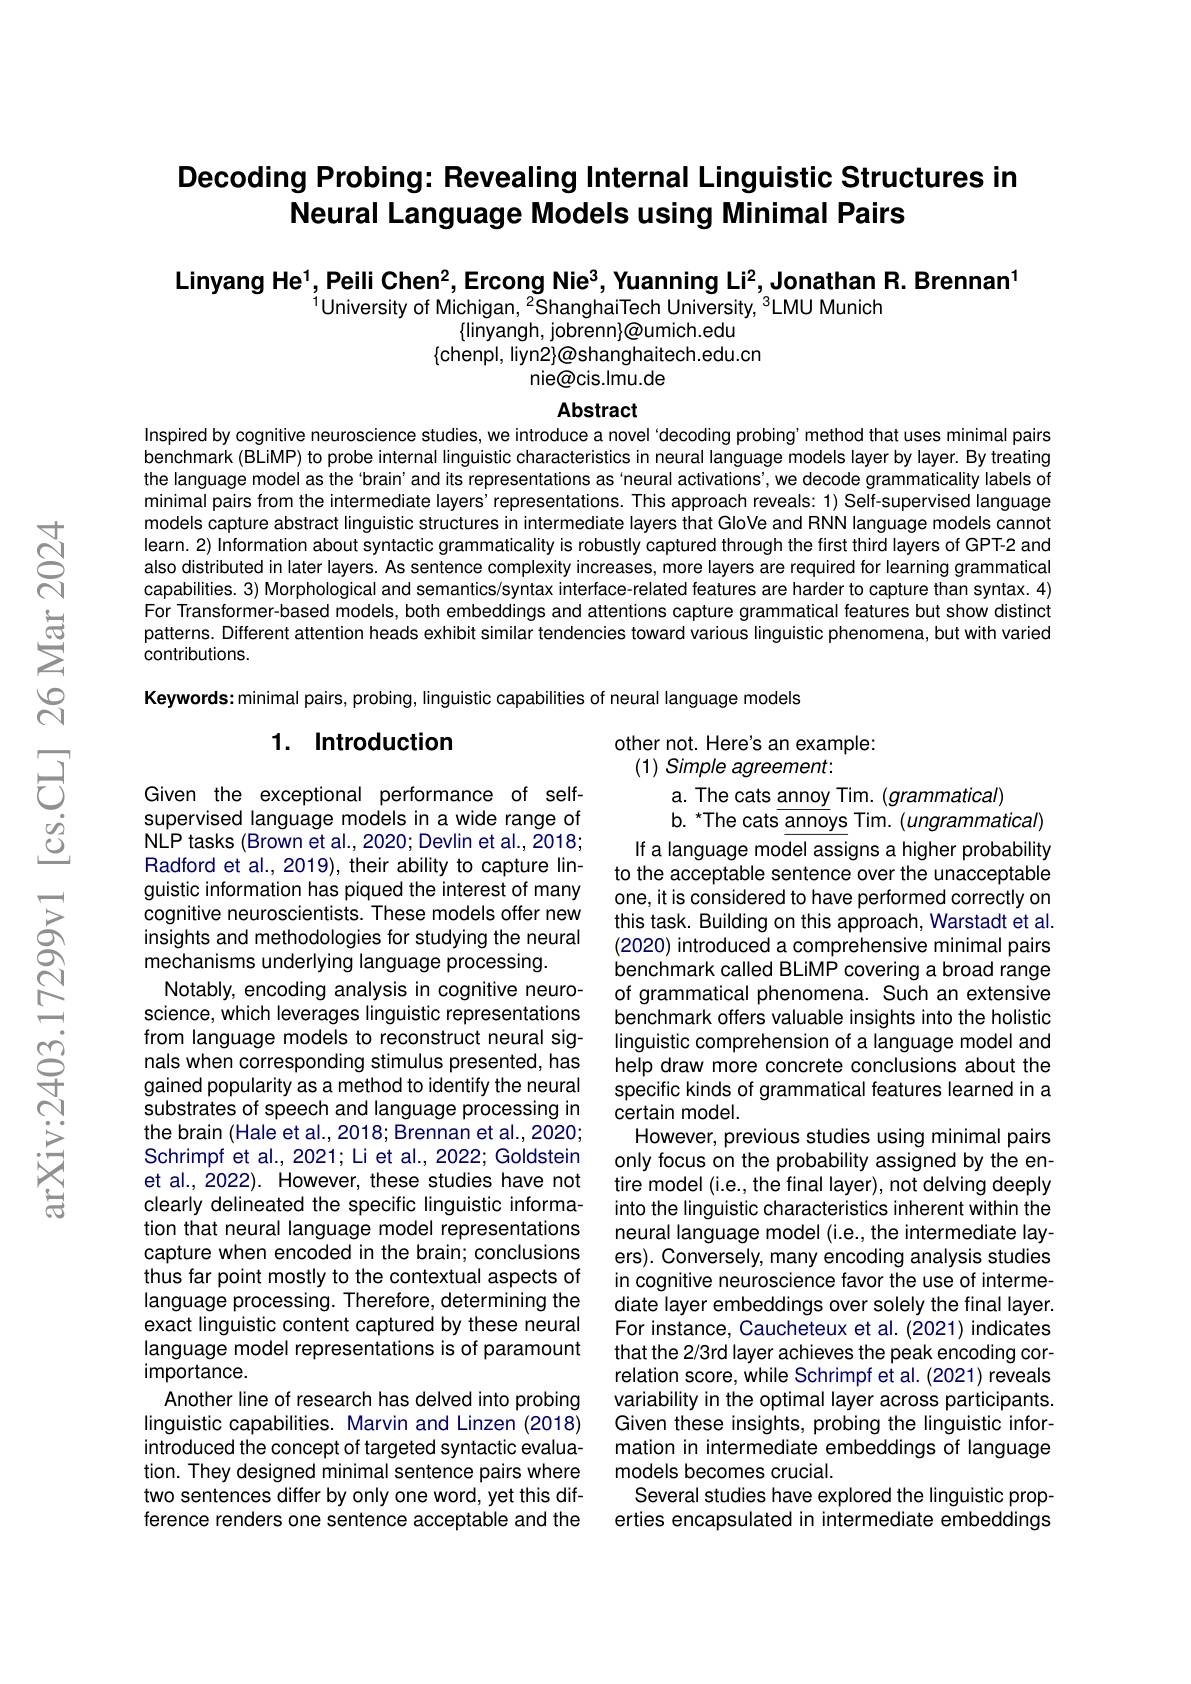
# Decoding Probing: Revealing Internal Linguistic Structures in Neural Language Models using Minimal Pairs

Linyang He$^1$,Peili Chen$^2$,Ercong Nie$^3$,Yuanning Li$^2$,Jonathan R.Brennan$^1$

$^{1}$University of Michigan, $^2$ShanghaiTech University, $^3$LMU Munich
$\{$linyangh, jobrenn}@umich.edu
$\{$chenpl, liyn2}@shanghaitech.edu.cn
nie@cis.lmu.de

Abstract
Inspired by cognitive neuroscience studies, we introduce a novel`decoding probing' method that uses minimal pairs

benchmark (BLiMP) to probe internal linguistic characteristics in neural language models layer by layer. By treating the language model as the 'brain'and its representations as‘neural activations’,we decode grammaticality labels of minimal pairs from the intermediate layers' representations. This approach reveals: 1) Self-supervised language models capture abstract linguistic structures in intermediate layers that GloVe and RNN language models cannot learn. 2) Information about syntactic grammaticality is robustly captured through the first third layers of GPT-2 and also distributed in later layers. As sentence complexity increases, more layers are required for learning grammatical capabilities. 3) Morphological and semantics/syntax interface-related features are harder to capture than syntax. 4) For Transformer-based models, both embeddings and attentions capture grammatical features but show distinct patterns. Different attention heads exhibit similar tendencies toward various linguistic phenomena, but with varied contributions.

Keywords: minimal pairs, probing, linguistic capabilities of neural language models

## 1. Introduction

other not. Here's an example:
(1) Simple agreement:
a. The cats annoy Tim. (grammatical)
b. *The cats$\underline{\underline{\text{annoys}}}$ Tim. (ungrammatical) If a language model assigns a higher probability to the acceptable sentence over the unacceptable one, it is considered to have performed correctly on this task. Building on this approach, Warstadt et al. (2020) introduced a comprehensive minimal pairs benchmark called BLiMP covering a broad range of grammatical phenomena. Such an extensive benchmark offers valuable insights into the holistic linguistic comprehension of a language model and help draw more concrete conclusions about the specific kinds of grammatical features learned in a certain model.
However, previous studies using minimal pairs only focus on the probability assigned by the entire model (i.e., the final layer), not delving deeply into the linguistic characteristics inherent within the neural language model (i.e., the intermediate layers). Conversely, many encoding analysis studies in cognitive neuroscience favor the use of intermediate layer embeddings over solely the final layer. For instance, Caucheteux et al. (2021) indicates that the 2/3rd layer achieves the peak encoding correlation score, while Schrimpf et al. (2021) reveals variability in the optimal layer across participants. Given these insights, probing the linguistic information in intermediate embeddings of language models becomes crucial.
Several studies have explored the linguistic properties encapsulated in intermediate embeddings

Given the exceptional performance of selfsupervised language models in a wide range of NLP tasks (Brown et al., 2020; Devlin et al., 2018; Radford et al., 2019), their ability to capture linguistic information has piqued the interest of many cognitive neuroscientists. These models offer new insights and methodologies for studying the neural mechanisms underlying language processing.
Notably, encoding analysis in cognitive neuroscience, which leverages linguistic representations from language models to reconstruct neural signals when corresponding stimulus presented, has gained popularity as a method to identify the neural substrates of speech and language processing in the brain (Hale et al., 2018; Brennan et al., 2020; Schrimpf et al., 2021; Li et al., 2022; Goldstein et al., 2022). However, these studies have not clearly delineated the specific linguistic information that neural language model representations capture when encoded in the brain; conclusions thus far point mostly to the contextual aspects of language processing. Therefore, determining the exact linguistic content captured by these neural language model representations is of paramount importance.
Another line of research has delved into probing linguistic capabilities. Marvin and Linzen (2018) introduced the concept of targeted syntactic evaluation. They designed minimal sentence pairs where two sentences differ by only one word, yet this difference renders one sentence acceptable and the